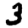
Digit: 3